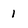
Character: 1